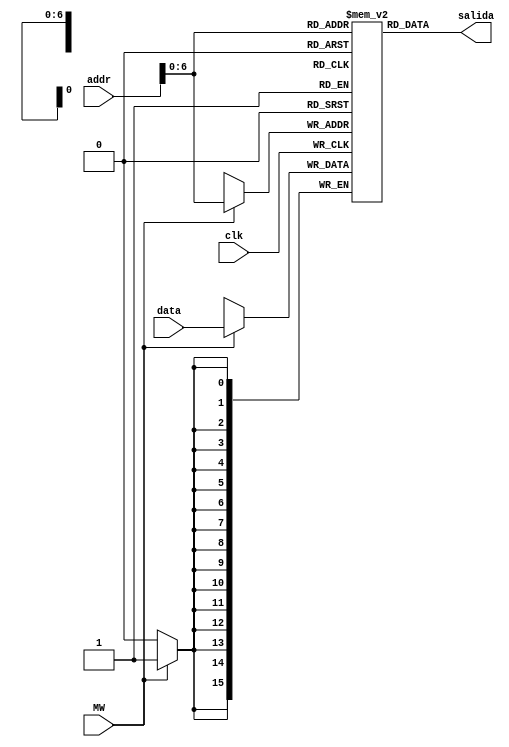
// Practica 4 de SEM
// Por Manuel Martinez-Almeida

module memoriaRAM (salida, data, addr, MW, clk);
    input [15:0] data, addr;
    input MW, clk;

    output [15:0] salida;
    reg [15:0] RAM [125:0];

    initial begin
        // Introducimos en la primera direccion de memoria de la RAM el numero
        // cuya raiz cuadrada queremos calcular.
        RAM[0] = 5*5;
    end

    always @ (posedge clk) begin
        if(MW == 1)
            RAM[addr] = #10 data;
    end

    assign #10 salida = RAM[addr];
endmodule


module memoraROM (salida, addr);
    input [15:0] addr;
    output [15:0] salida;

    reg [15:0] ROM [1023:0];

    assign #10 salida = ROM[addr];

    // Almacenamos el programa a ejecutar en la ROM.
    initial begin
        ROM[ 0] = 16'b1001100000000000;  // LDI R0 0             (R[D] <- OP)
        ROM[ 1] = 16'b0010000000000000;  // LD R0 R0             (R[D] <- M[R[A]])
        ROM[ 2] = 16'b1001100001000001;  // LDI R1 1             (R[D] <- OP)
        ROM[ 3] = 16'b1001100010000001;  // LDI R2 1             (R[D] <- OP)
        ROM[ 4] = 16'b0001110011000001;  // SHL R3 R1            (R[D] <- R[B]<<1)
        ROM[ 5] = 16'b0000011010011010;  // ADD1 R2 R3 R2        (R[D] <- R[A]+R[B]+1)
        ROM[ 6] = 16'b0000001001001000;  // INC R1 R1            (R[D] <- R[A]+1)
        ROM[ 7] = 16'b0000101011010000;  // SUB R3 R2 R0         (R[D] <- R[A]-R[B])
        ROM[ 8] = 16'b1100001111000100;  // BRN loop             (if N=1: PC <- PC + AD)
        ROM[ 9] = 16'b0000000000001000;  // MOVA R0 R1           (R[D] <- R[A])
        ROM[10] = 16'b0000000010001000;  // MOVA R2 R1           (R[D] <- R[A])
        ROM[11] = 16'b0000000011001000;  // MOVA R3 R1           (R[D] <- R[A])
        ROM[12] = 16'b0000000100001000;  // MOVA R4 R1           (R[D] <- R[A])
        ROM[13] = 16'b0000000101001000;  // MOVA R5 R1           (R[D] <- R[A])
        ROM[14] = 16'b0000000110001000;  // MOVA R6 R1           (R[D] <- R[A])
        ROM[15] = 16'b0000000111001000;  // MOVA R7 R1           (R[D] <- R[A])
        ROM[16] = 16'b1001100000000000;  // LDI R0 0             (R[D] <- OP)
        ROM[17] = 16'b1100011111000111;  // BRZ final            (if Z=1: PC <- PC + AD)
    end
endmodule